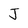
Character: J